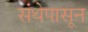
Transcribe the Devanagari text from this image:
संथेपासून